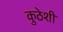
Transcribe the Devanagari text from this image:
कुठेशी